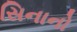
સિનાનો